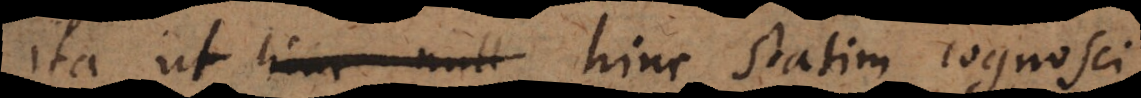
ita ut hinc statim cognosci